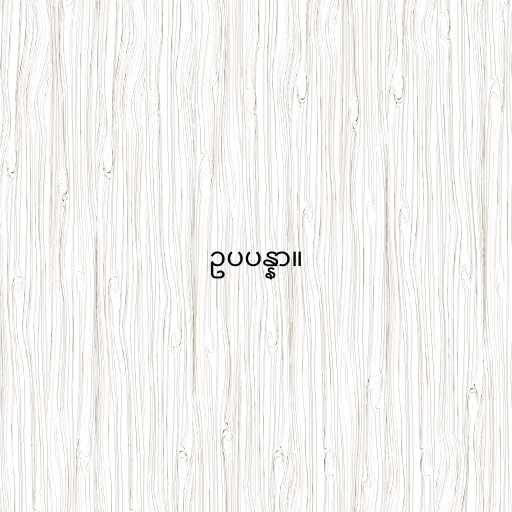
ဥပပန္နာ။